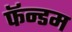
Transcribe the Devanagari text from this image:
फॅन्डम